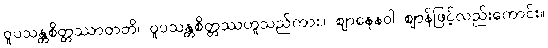
ဝူပသန္တစိတ္တဿာတတိ၊ ဝူပသန္တစိတ္တဿဟူသည်ကား။ ဈာနေနဝါ ဈာန်ဖြင့်လည်းကောင်း။